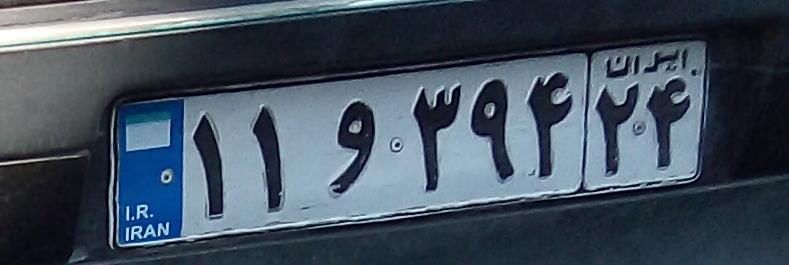
۱۱و۳۹۴۲۴